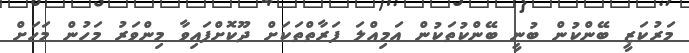
މަރުކަޒީ ބޭންކުން ބުނީ ބޭންކުތަކުން އަމިއްލަ ފަރާތްތަކަށް ދޫކޮށްފައިވާ މިންވަރު މަހުން މަހަށް